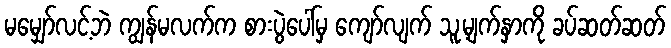
မမျှော်လင့်ဘဲ ကျွန်မလက်က စားပွဲပေါ်မှ ကျော်လျက် သူ့မျက်နှာကို ခပ်ဆတ်ဆတ်